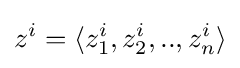
z^{i}=\langle z_{1}^{i},z_{2}^{i},..,z_{n}^{i}\rangle